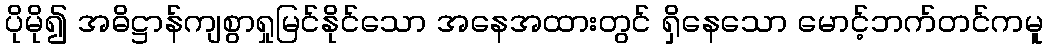
ပိုမို၍ အဓိဋ္ဌာန်ကျစွာရှုမြင်နိုင်သော အနေအထားတွင် ရှိနေသော မောင့်ဘက်တင်ကမူ